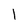
Character: 1